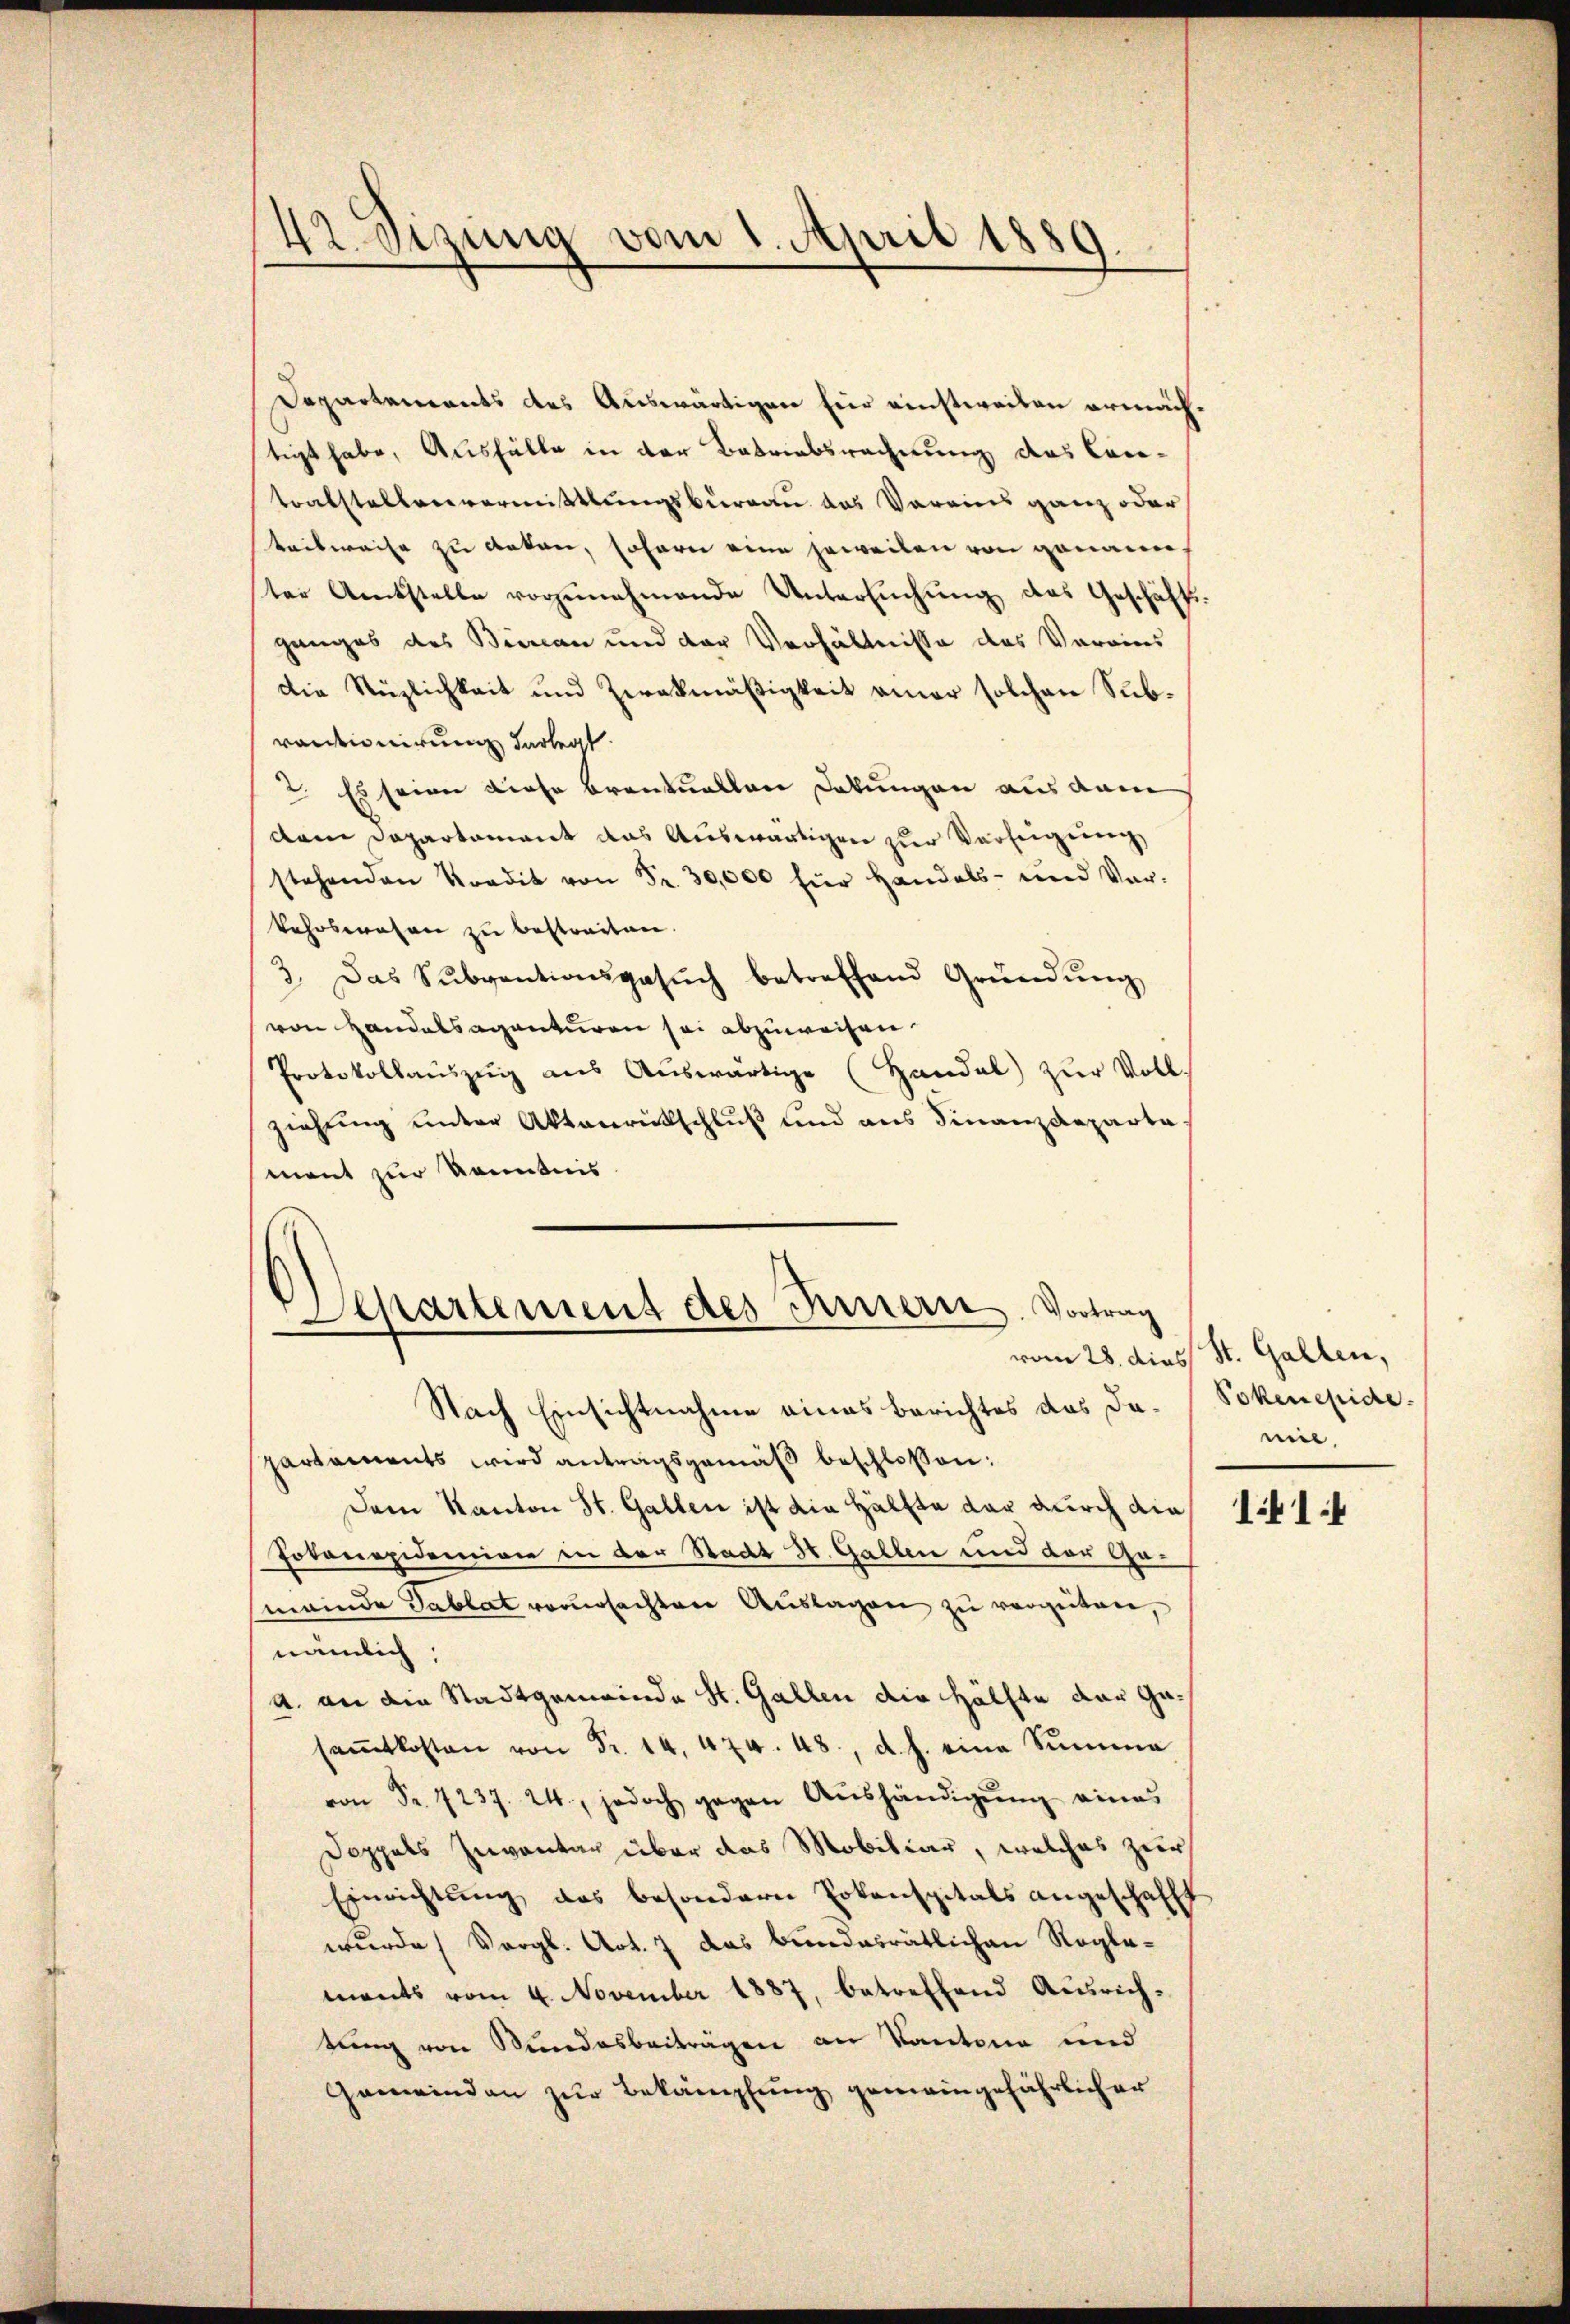
42. Sizung vom 1. April 1889.

Departements des Auswärtigen für einstweilen ermächtigt habe, Aushälle in der Betriebsrechnung des Contoatstellenvermittlungsbureau das Vereins ganz oder
teitweise zu Arten, sofern eine jeweilen von genannter Amtstelle vorzŭnehmende Untersŭchŭng des Geschäfts-
ganges des Bian und der Verhältnisse des Vereins
die Näzlichkeit und Zweckmäßigkeit einer solchen Subrantionirung verlegt
2. Es seien diese brentuellen Dokungen aus dem
dem Departament das Auswärtigen zur Verfügung
stehenden Tradit von Fr. 30,000 für Handels- und Ver-
kehrswesen zu bestreiten.
3. Das Subventionsgesŭch betreffend Gründŭng
von Handelsaganturen sei abzuweisen.
Protokollaŭszŭg aŭs Aŭswärtige (Handal) zŭr Voll-
ziehung unter Aktenrütschluß und aus Finanzdeparta
mont zur Kenntnis

Departement des Thiern. Vortrag
.

vom 28. dies St. Gallen,
Pokenepide
mie.

Nach Einsichtnahme eines Berichtes das Dapartaments wird antragsgemäß beschlossen:
Dem Kanton St. Gallen ist die Hälfte dar durch die
Pokonepidemien in der Stadt St. Gallen und der Gameinde Tablat verursachten Auslagen zu vergüten,
nämlich,
a. an die Stadtgemeinde St. Gallen die Hälfte der Gasaṁtkosten . . 474. 48. d. h. eine Summe
von Sr. 7237. 24., jedoch gegen Aŭshändigŭng eines
Doppels Inventar über das Mobiliar, welches zur
Einrichtung das besondern Erkenspitals angeschafft
wurde (Vergl. Art. 7 das Bundesrätlichen Reglemants vom 4. November 1887, betreffend Aŭsrich-
tung von Bundesbeiträgen an Kantone und
Gemeinden zur Bekämpfung gemeingefährlich er

I41:4